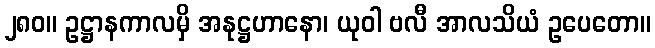
၂၈၀။ ဥဋ္ဌာနကာလမှိ အနုဋ္ဌဟာနော၊ ယုဝါ ဗလီ အာလသိယံ ဥပေတော။